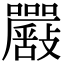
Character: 𡅴